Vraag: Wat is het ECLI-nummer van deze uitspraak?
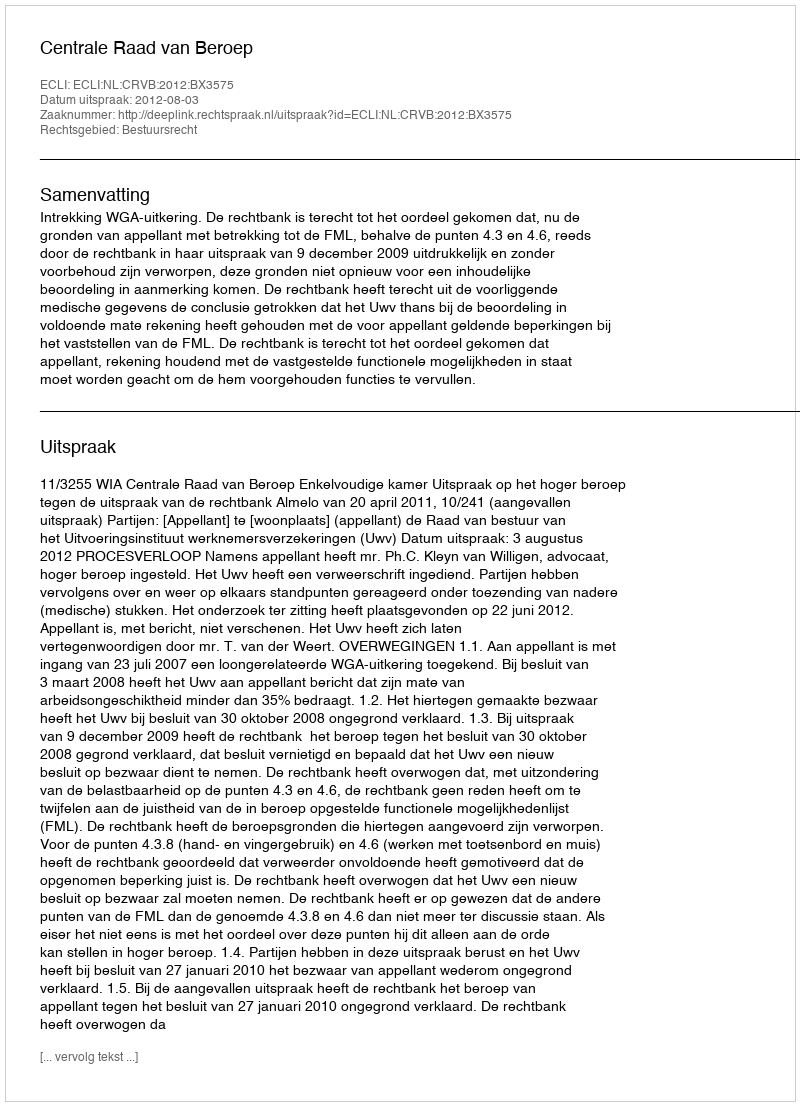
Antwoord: ECLI:NL:CRVB:2012:BX3575